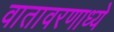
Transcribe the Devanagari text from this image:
वातावरणाध्ये